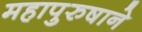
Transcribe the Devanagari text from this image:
महापुरुषाने